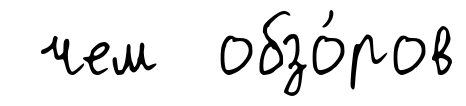
чем обзо́ров